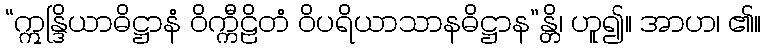
“ဣန္ဒြိယာဓိဋ္ဌာနံ ဝိက္ကီဠိတံ ဝိပရိယာသာနဓိဋ္ဌာန”န္တိ၊ ဟူ၍။ အာဟ၊ ၏။